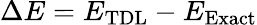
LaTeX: \Delta E=E_{\mathrm{TDL}}-E_{\mathrm{Exact}}